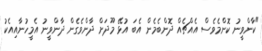
"ކާންވީނު ކޮންމެވެސް އެއްޗެއް ދޮންބެމެން އެބަ އުޅޭ މޫދަށް ދާންވެގެން ދާންވީނު އެމީހުނާއިއެކު